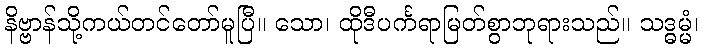
နိဗ္ဗာန်သို့ကယ်တင်တော်မူပြီ။ သော၊ ထိုဒီပင်္ကရာမြတ်စွာဘုရားသည်။ သဒ္ဓမ္မံ၊